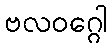
ဗလဝဂ္ဂေါ